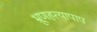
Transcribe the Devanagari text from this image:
भ्रूणहत्यापाप